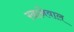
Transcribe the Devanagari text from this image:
ख़ानेवाल